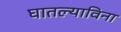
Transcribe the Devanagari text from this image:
घातल्याविना